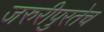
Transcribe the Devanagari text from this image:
जरुरीपुरतेच